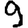
Digit: 9